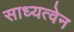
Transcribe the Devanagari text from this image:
साध्यत्वेन